system: You are a helpful assistant.
user:
Analyze the provided spectrum to determine if it is a **"Cataclysmic Variables (CV)"**.

- **Key Indicators for CV (Check for either state):**
    - **State 1: Quiescent / Low-State (Emission-Dominated)**
        - **(Primary):** Strong and *very broad* Hydrogen Balmer emission lines (e.g., $H\alpha$ at 6563 Å, $H\beta$ at 4861 Å). The 'broadness' (high velocity dispersion, often FWHM > 1000 km/s) is the key diagnostic, indicating a high-velocity accretion disk.
        - **(Secondary):** Broad neutral Helium (He I) emission lines (e.g., 5876 Å, 6678 Å).
        - **(Key Confirmation):** Presence of high-excitation *ionized* Helium (He II) emission at 4686 Å. This is a strong indicator of accretion onto a white dwarf.
        - **(Line Profile):** Emission lines may exhibit a 'double-peaked' profile, which is a classic signature of a rotating accretion disk viewed at high inclination.

    - **State 2: Outburst / High-State (Absorption-Dominated)**
        - **(Primary):** Spectrum is dominated by a bright, blue continuum (looks like a hot star).
        - **(Secondary):** The emission lines from State 1 are weak, absent, or 'filled in', and are replaced by broad, shallow *absorption* lines (primarily Balmer and He I).
        - **(Morphology):** The overall spectrum mimics a hot B/A-type star. The crucial difference is that the absorption lines are significantly broader, shallower, and more 'washed-out' (or 'smeared') than the sharp lines of a normal stellar photosphere, due to high rotational speeds and pressure broadening in the disk.

Think first, call **spectral_visualization_tool** if needed to examine features in detail, then provide your final answer. Your response must adhere to the following strict rules:
1.  **Overall Structure:** Your response must follow the format `<think>...</think> <tool_call>...</tool_call> (if a tool is used) <answer>...</answer>`.
2.  **Tool Usage Constraint:** You may only make **one** tool call per turn.
3.  **Final Answer Format:** In the `<answer>` tag, your conclusion must be inside a `\boxed{}` command (e.g., `\boxed{YES}`), followed by your justification.

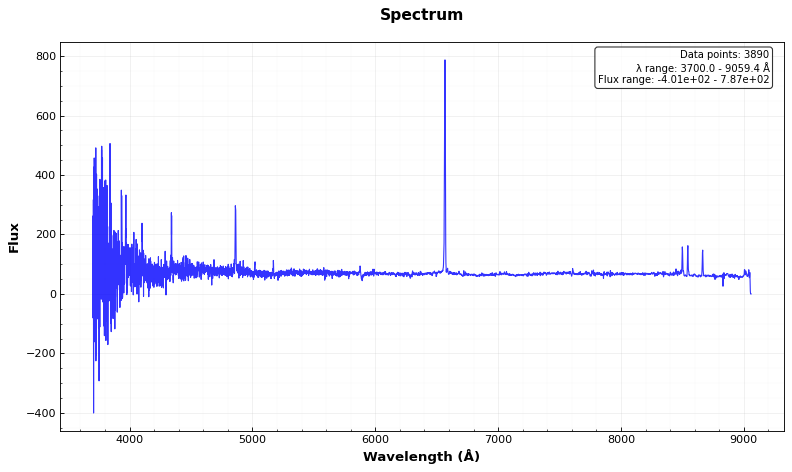
Answer: YES